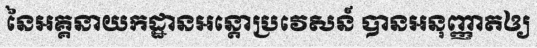
នៃអគ្គនាយកដ្ឋានអន្តោប្រវេសន៍ បានអនុញ្ញាតឲ្យ